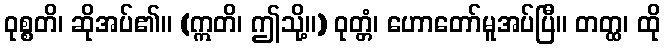
ဝုစ္စတိ၊ ဆိုအပ်၏။ (ဣတိ၊ ဤသို့။) ဝုတ္တံ၊ ဟောတော်မူအပ်ပြီ။ တတ္ထ၊ ထို